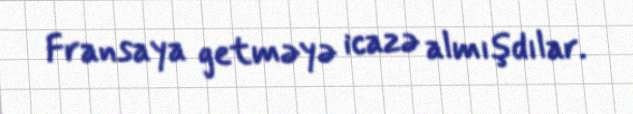
Fransaya getməyə icazə almışdılar.